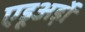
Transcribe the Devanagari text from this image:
एडूअर्ड़ो